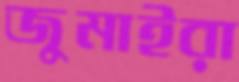
জুমাইরা